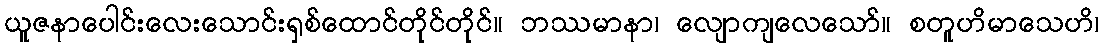
ယူဇနာပေါင်းလေးသောင်းရှစ်ထောင်တိုင်တိုင်။ ဘဿမာနာ၊ လျောကျလေသော်။ စတူဟိမာသေဟိ၊